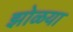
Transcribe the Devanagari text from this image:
झोळया